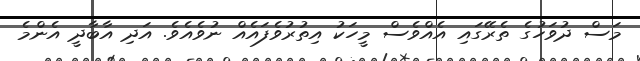
މަސް ދުވަހުގެ ތެރޭގައި އެއްވެސް މީހަކު އިތުރުވެފައެއް ނުވެއެވެ. އަދި އާބާދީ އެންމެ